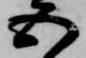
五